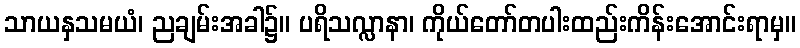
သာယနှသမယံ၊ ညချမ်းအခါ၌။ ပရိသလ္လာနာ၊ ကိုယ်တော်တပါးထည်းကိန်းအောင်းရာမှ။